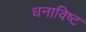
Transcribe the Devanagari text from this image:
धनाविष्ट